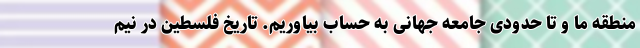
منطقه ما و تا حدودی جامعه جهانی به حساب بیاوریم. تاریخ فلسطین در نیم